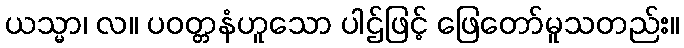
ယသ္မာ၊ လ။ ပဝတ္တနံဟူသော ပါဌ်ဖြင့် ဖြေတော်မူသတည်း။